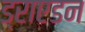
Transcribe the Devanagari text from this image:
ड्राएडन